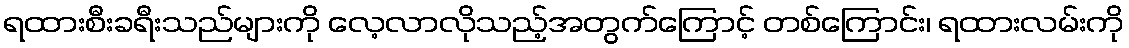
ရထားစီးခရီးသည်များကို လေ့လာလိုသည့်အတွက်ကြောင့် တစ်ကြောင်း၊ ရထားလမ်းကို